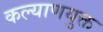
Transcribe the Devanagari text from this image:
कल्याणयुक्त